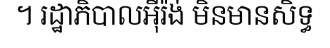
។ រដ្ឋាភិបាលអ៊ីរ៉ង់ មិនមានសិទ្ធ